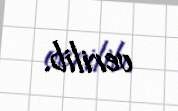
verilib.